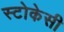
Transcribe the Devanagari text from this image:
स्टोकेसी